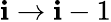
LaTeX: \mathbf{i}\rightarrow\mathbf{i}-1